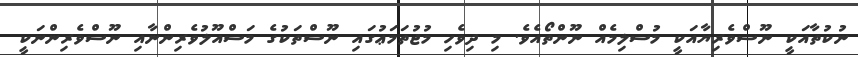
ނުކުތާއަކީ ނޫސްވެރިޔާއަކީ މުސްލިމެއް ނޫންތޯއެވެ. މި ދިވެހި މުޖުތަމަޢުގައި ނޫސްތަކުގެ މަސްއޫލުވެރިންނާއި ނޫސްވެރިންނަކީ